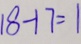
1 8 - 1 7 = 1